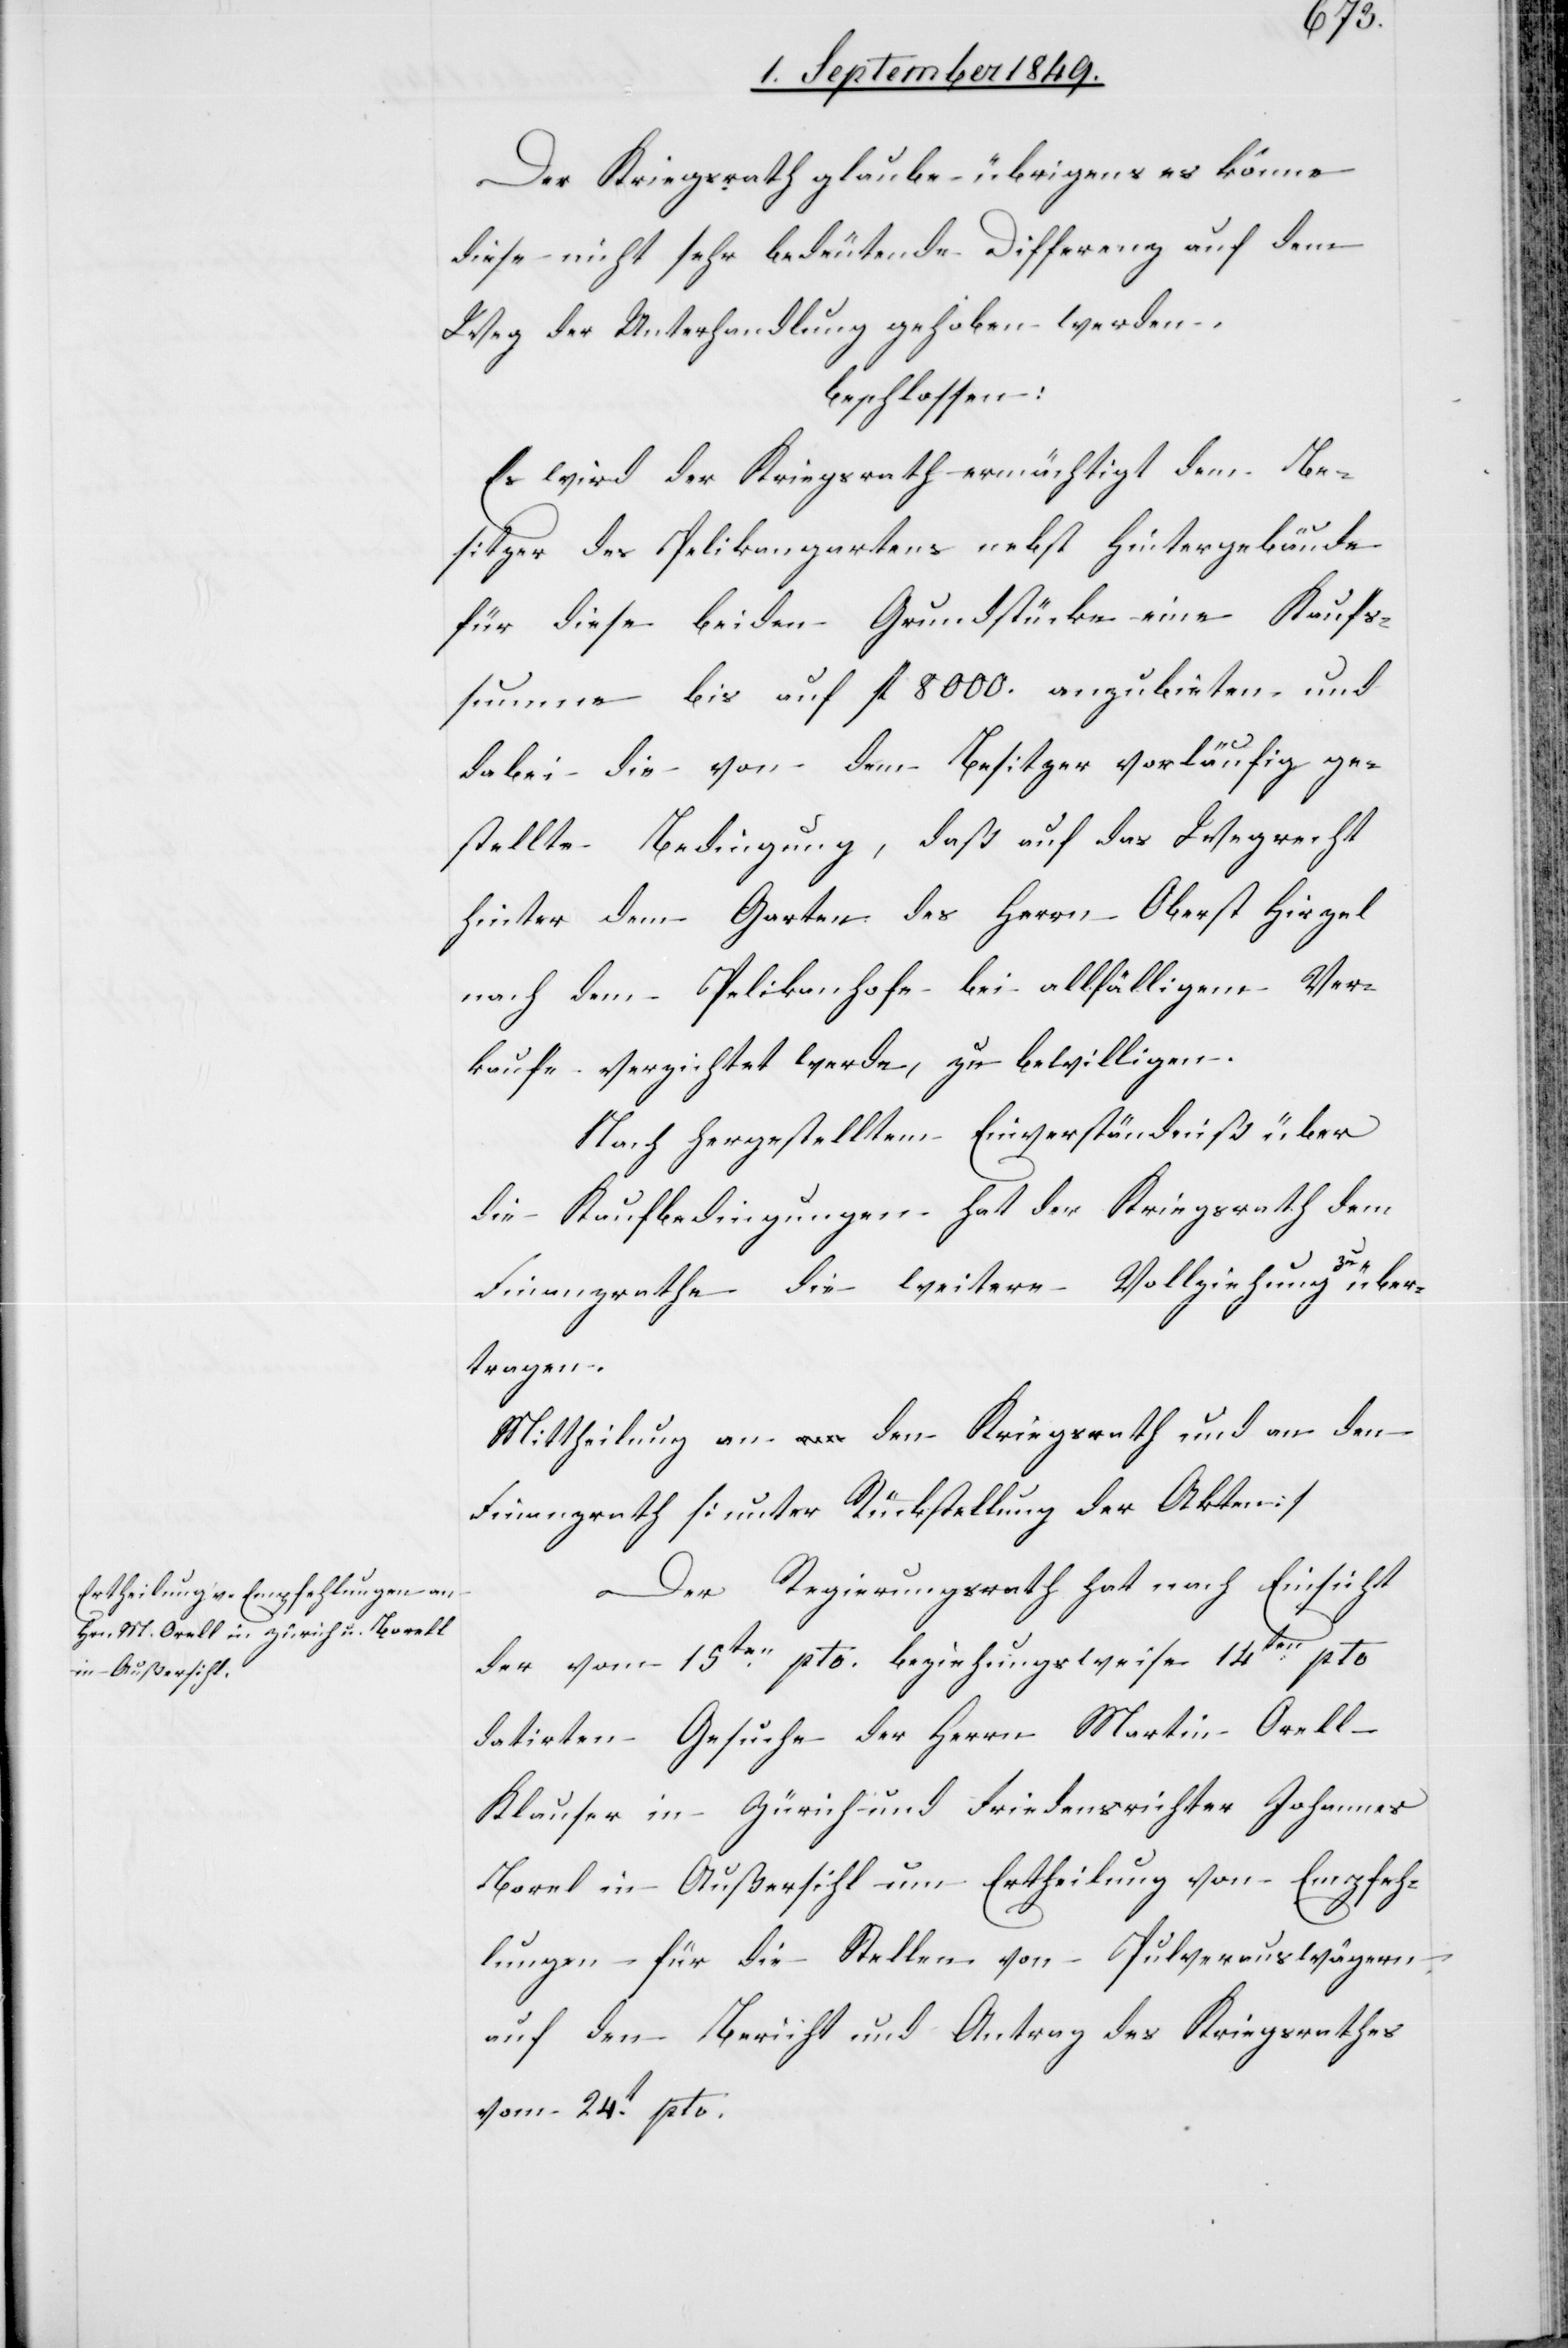
Der Kriegsrath glaube übrigens es könne
diese nicht sehr bedeutende Differenz auf dem
Weg der Unterhandlung gehoben werden,
beschlossen:
Es wird der Kriegsrath ermächtigt dem Be¬
sitzer des Pelikangartens nebst Hintergebäude
für diese beiden Grundstücke eine Kaufs¬
summe bis auf fl. 8000. anzubieten und
dabei die von dem Besitzer vorläufig ge¬
stellte Bedingung, daß auf das Wegrecht
hinter dem Garten des Herrn Oberst Hirzel
nach dem Pelikanhofe bei allfälligem Ver¬
kaufe verzichtet werde, zu bewilligen.
Nach hergestellten Einverständniß über
die Kaufbedingungen hat der Kriegsrath dem
Finanzrathe die weitere Vollziehung zu über¬
tragen.
Mittheilung an den Kriegsrath und an den
Finanzrath [unter Rückstellung der Akten][.]
Der Regierungsrath hat nach Einsicht
der vom 15ten pto. beziehungsweise 14ten pto
datirten Gesuche der Herrn Martin Orell-K¬
lauser in Zürich und Friedensrichter Johannes
[sic!] in Außersihl um Ertheilung von Empfeh¬
lungen für die Stellen von Pulverauswägern
auf den Bericht und Antrag des Kriegsrathes
vom 24t pto.